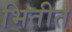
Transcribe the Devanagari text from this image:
भितीत